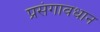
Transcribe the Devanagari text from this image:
प्रसंगावधान